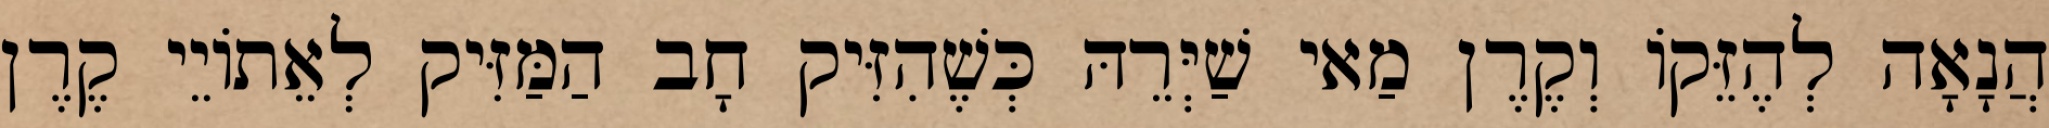
הֲנָאָה לְהֶזֵּקוֹ וְקֶרֶן מַאי שַׁיְּרֵהּ כְּשֶׁהִזִּיק חָב הַמַּזִּיק לְאֵתוֹיֵי קֶרֶן